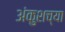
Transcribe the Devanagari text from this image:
अंकुशच्या